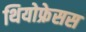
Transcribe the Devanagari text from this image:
थियोफ्रेसस